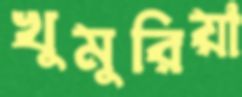
খুমুরিয়া